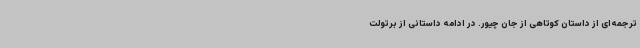
ترجمه‌ای از داستان کوتاهی از جان چیور. در ادامه داستانی از برتولت